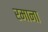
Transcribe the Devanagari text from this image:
रमाना